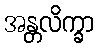
အန္တလိက္ခာ